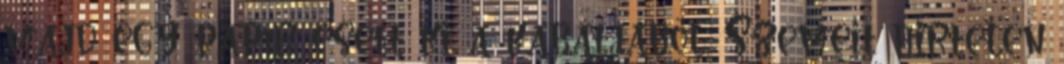
majd egy papír esett ki a kabátjából. Szemeit hirtelen